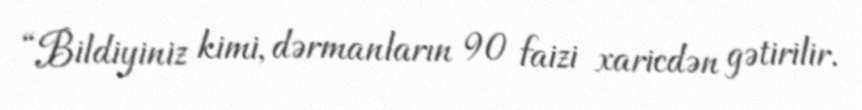
“Bildiyiniz kimi, dərmanların 90 faizi xaricdən gətirilir.